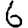
Digit: 6